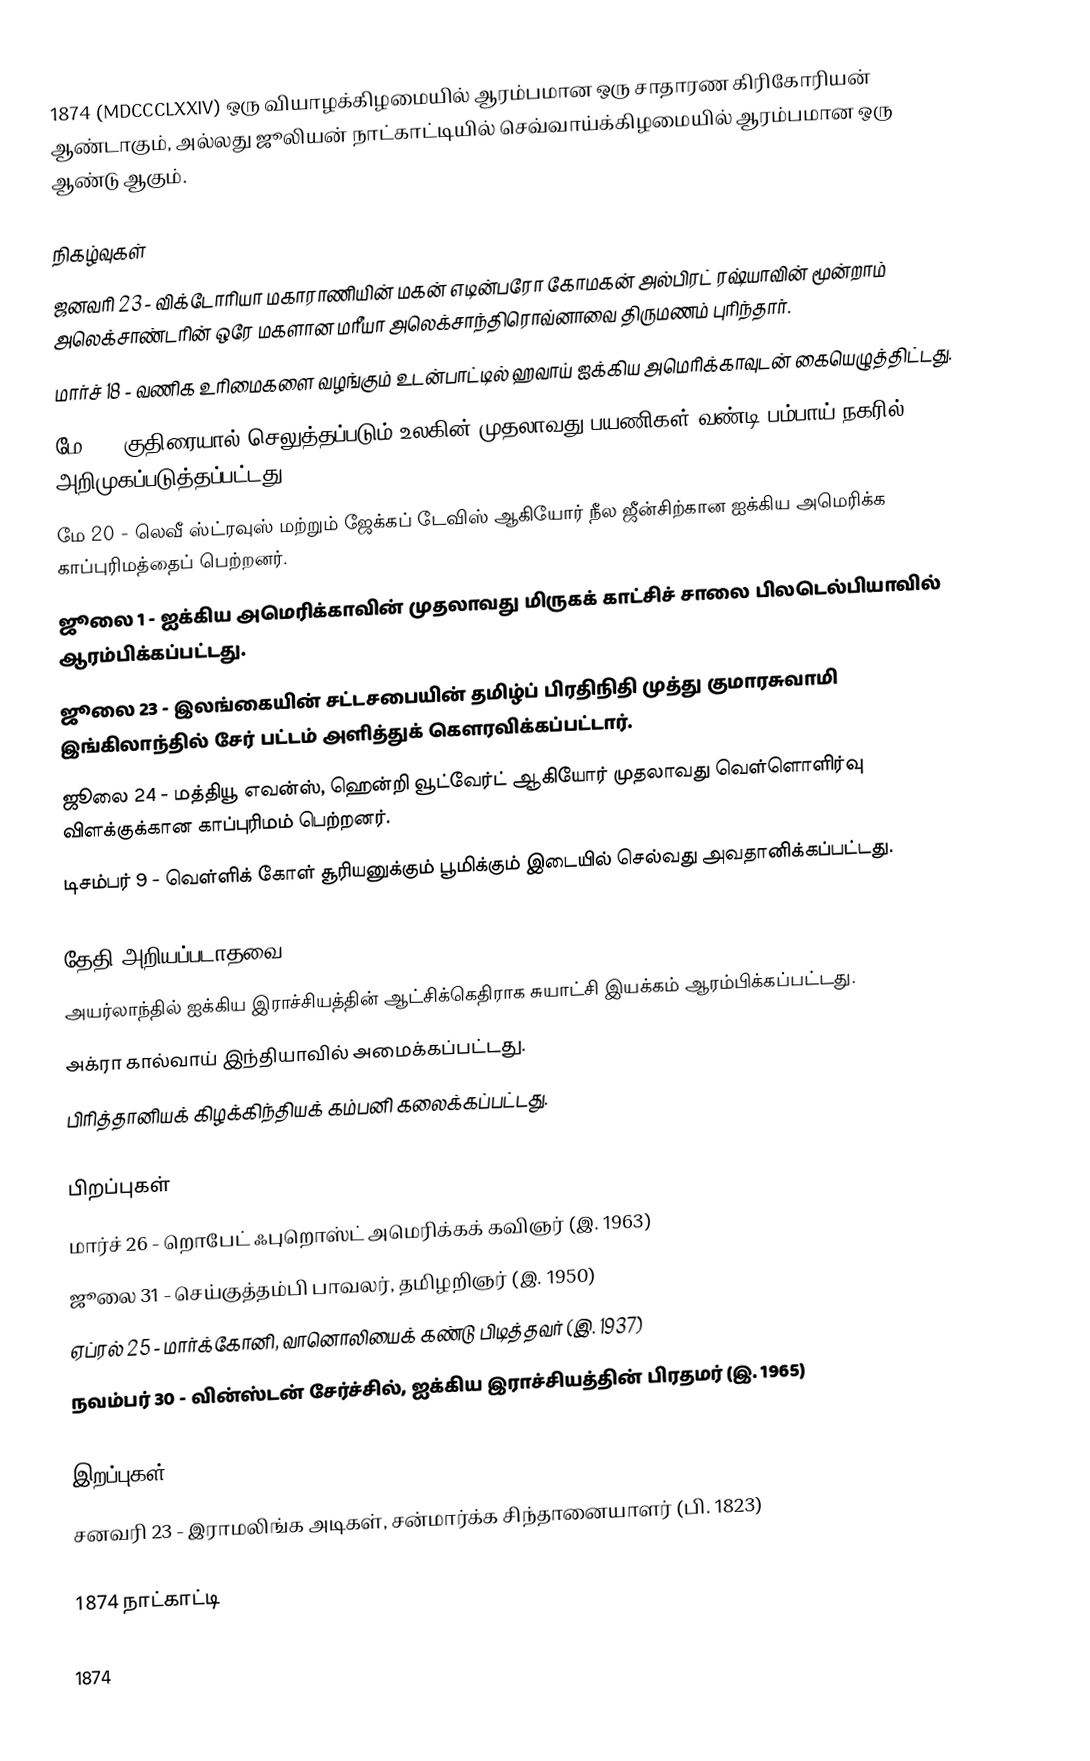
1874  (MDCCCLXXIV) ஒரு வியாழக்கிழமையில் ஆரம்பமான ஒரு சாதாரண கிரிகோரியன் ஆண்டாகும், அல்லது ஜூலியன் நாட்காட்டியில் செவ்வாய்க்கிழமையில் ஆரம்பமான ஒரு ஆண்டு ஆகும்.

நிகழ்வுகள்
 ஜனவரி 23 - விக்டோரியா மகாராணியின் மகன் எடின்பரோ கோமகன் அல்பிரட் ரஷ்யாவின் மூன்றாம் அலெக்சாண்டரின் ஒரே மகளான மரீயா அலெக்சாந்திரொவ்னாவை திருமணம் புரிந்தார்.
 மார்ச் 18 - வணிக உரிமைகளை வழங்கும் உடன்பாட்டில் ஹவாய் ஐக்கிய அமெரிக்காவுடன் கையெழுத்திட்டது.
 மே 9 - குதிரையால் செலுத்தப்படும் உலகின் முதலாவது பயணிகள் வண்டி பம்பாய் நகரில் அறிமுகப்படுத்தப்பட்டது.
 மே 20 - லெவீ ஸ்ட்ரவுஸ் மற்றும் ஜேக்கப் டேவிஸ் ஆகியோர் நீல ஜீன்சிற்கான ஐக்கிய அமெரிக்க காப்புரிமத்தைப் பெற்றனர்.
 ஜூலை 1 - ஐக்கிய அமெரிக்காவின் முதலாவது மிருகக் காட்சிச் சாலை பிலடெல்பியாவில் ஆரம்பிக்கப்பட்டது.
 ஜூலை 23 - இலங்கையின் சட்டசபையின் தமிழ்ப் பிரதிநிதி முத்து குமாரசுவாமி இங்கிலாந்தில் சேர் பட்டம் அளித்துக் கௌரவிக்கப்பட்டார்.
 ஜூலை 24 - மத்தியூ எவன்ஸ், ஹென்றி வூட்வேர்ட் ஆகியோர் முதலாவது வெள்ளொளிர்வு விளக்குக்கான காப்புரிமம் பெற்றனர்.
 டிசம்பர் 9 - வெள்ளிக் கோள் சூரியனுக்கும் பூமிக்கும் இடையில் செல்வது அவதானிக்கப்பட்டது.

தேதி அறியப்படாதவை
 அயர்லாந்தில் ஐக்கிய இராச்சியத்தின் ஆட்சிக்கெதிராக சுயாட்சி இயக்கம் ஆரம்பிக்கப்பட்டது.
 அக்ரா கால்வாய் இந்தியாவில் அமைக்கப்பட்டது.
 பிரித்தானியக் கிழக்கிந்தியக் கம்பனி கலைக்கப்பட்டது.

பிறப்புகள்
 மார்ச் 26 - றொபேட் ஃபுறொஸ்ட் அமெரிக்கக் கவிஞர் (இ. 1963)
 ஜூலை 31 - செய்குத்தம்பி பாவலர், தமிழறிஞர் (இ. 1950)
 ஏப்ரல் 25 - மார்க்கோனி, வானொலியைக் கண்டு பிடித்தவர் (இ. 1937)
 நவம்பர் 30 - வின்ஸ்டன் சேர்ச்சில், ஐக்கிய இராச்சியத்தின் பிரதமர் (இ. 1965)

இறப்புகள்
 சனவரி 23 - இராமலிங்க அடிகள், சன்மார்க்க சிந்தானையாளர் (பி. 1823)

1874 நாட்காட்டி

1874